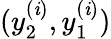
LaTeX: (y_{2}^{(\mathit{i})},y_{1}^{(\mathit{i})})